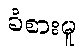
ခံစားမှု